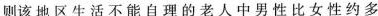
则该地区生活不能自理的老人中男性比女性约多